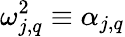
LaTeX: \omega_{j,q}^{2}\equiv\alpha_{j,q}